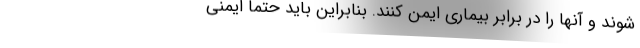
شوند و آنها را در برابر بیماری ایمن کنند. بنابراین باید حتما ایمنی